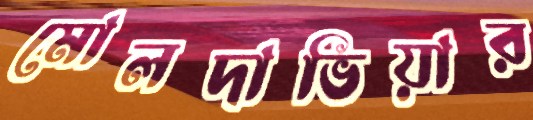
মোলদাভিয়ার